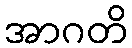
အာဂတိ